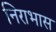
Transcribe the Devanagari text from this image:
निराभास